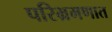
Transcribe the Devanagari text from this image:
परिभ्रमणात